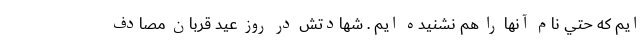
ايم كه حتي نام آنها را هم نشنيده ايم . شهادتش در روز عيد قربان مصادف